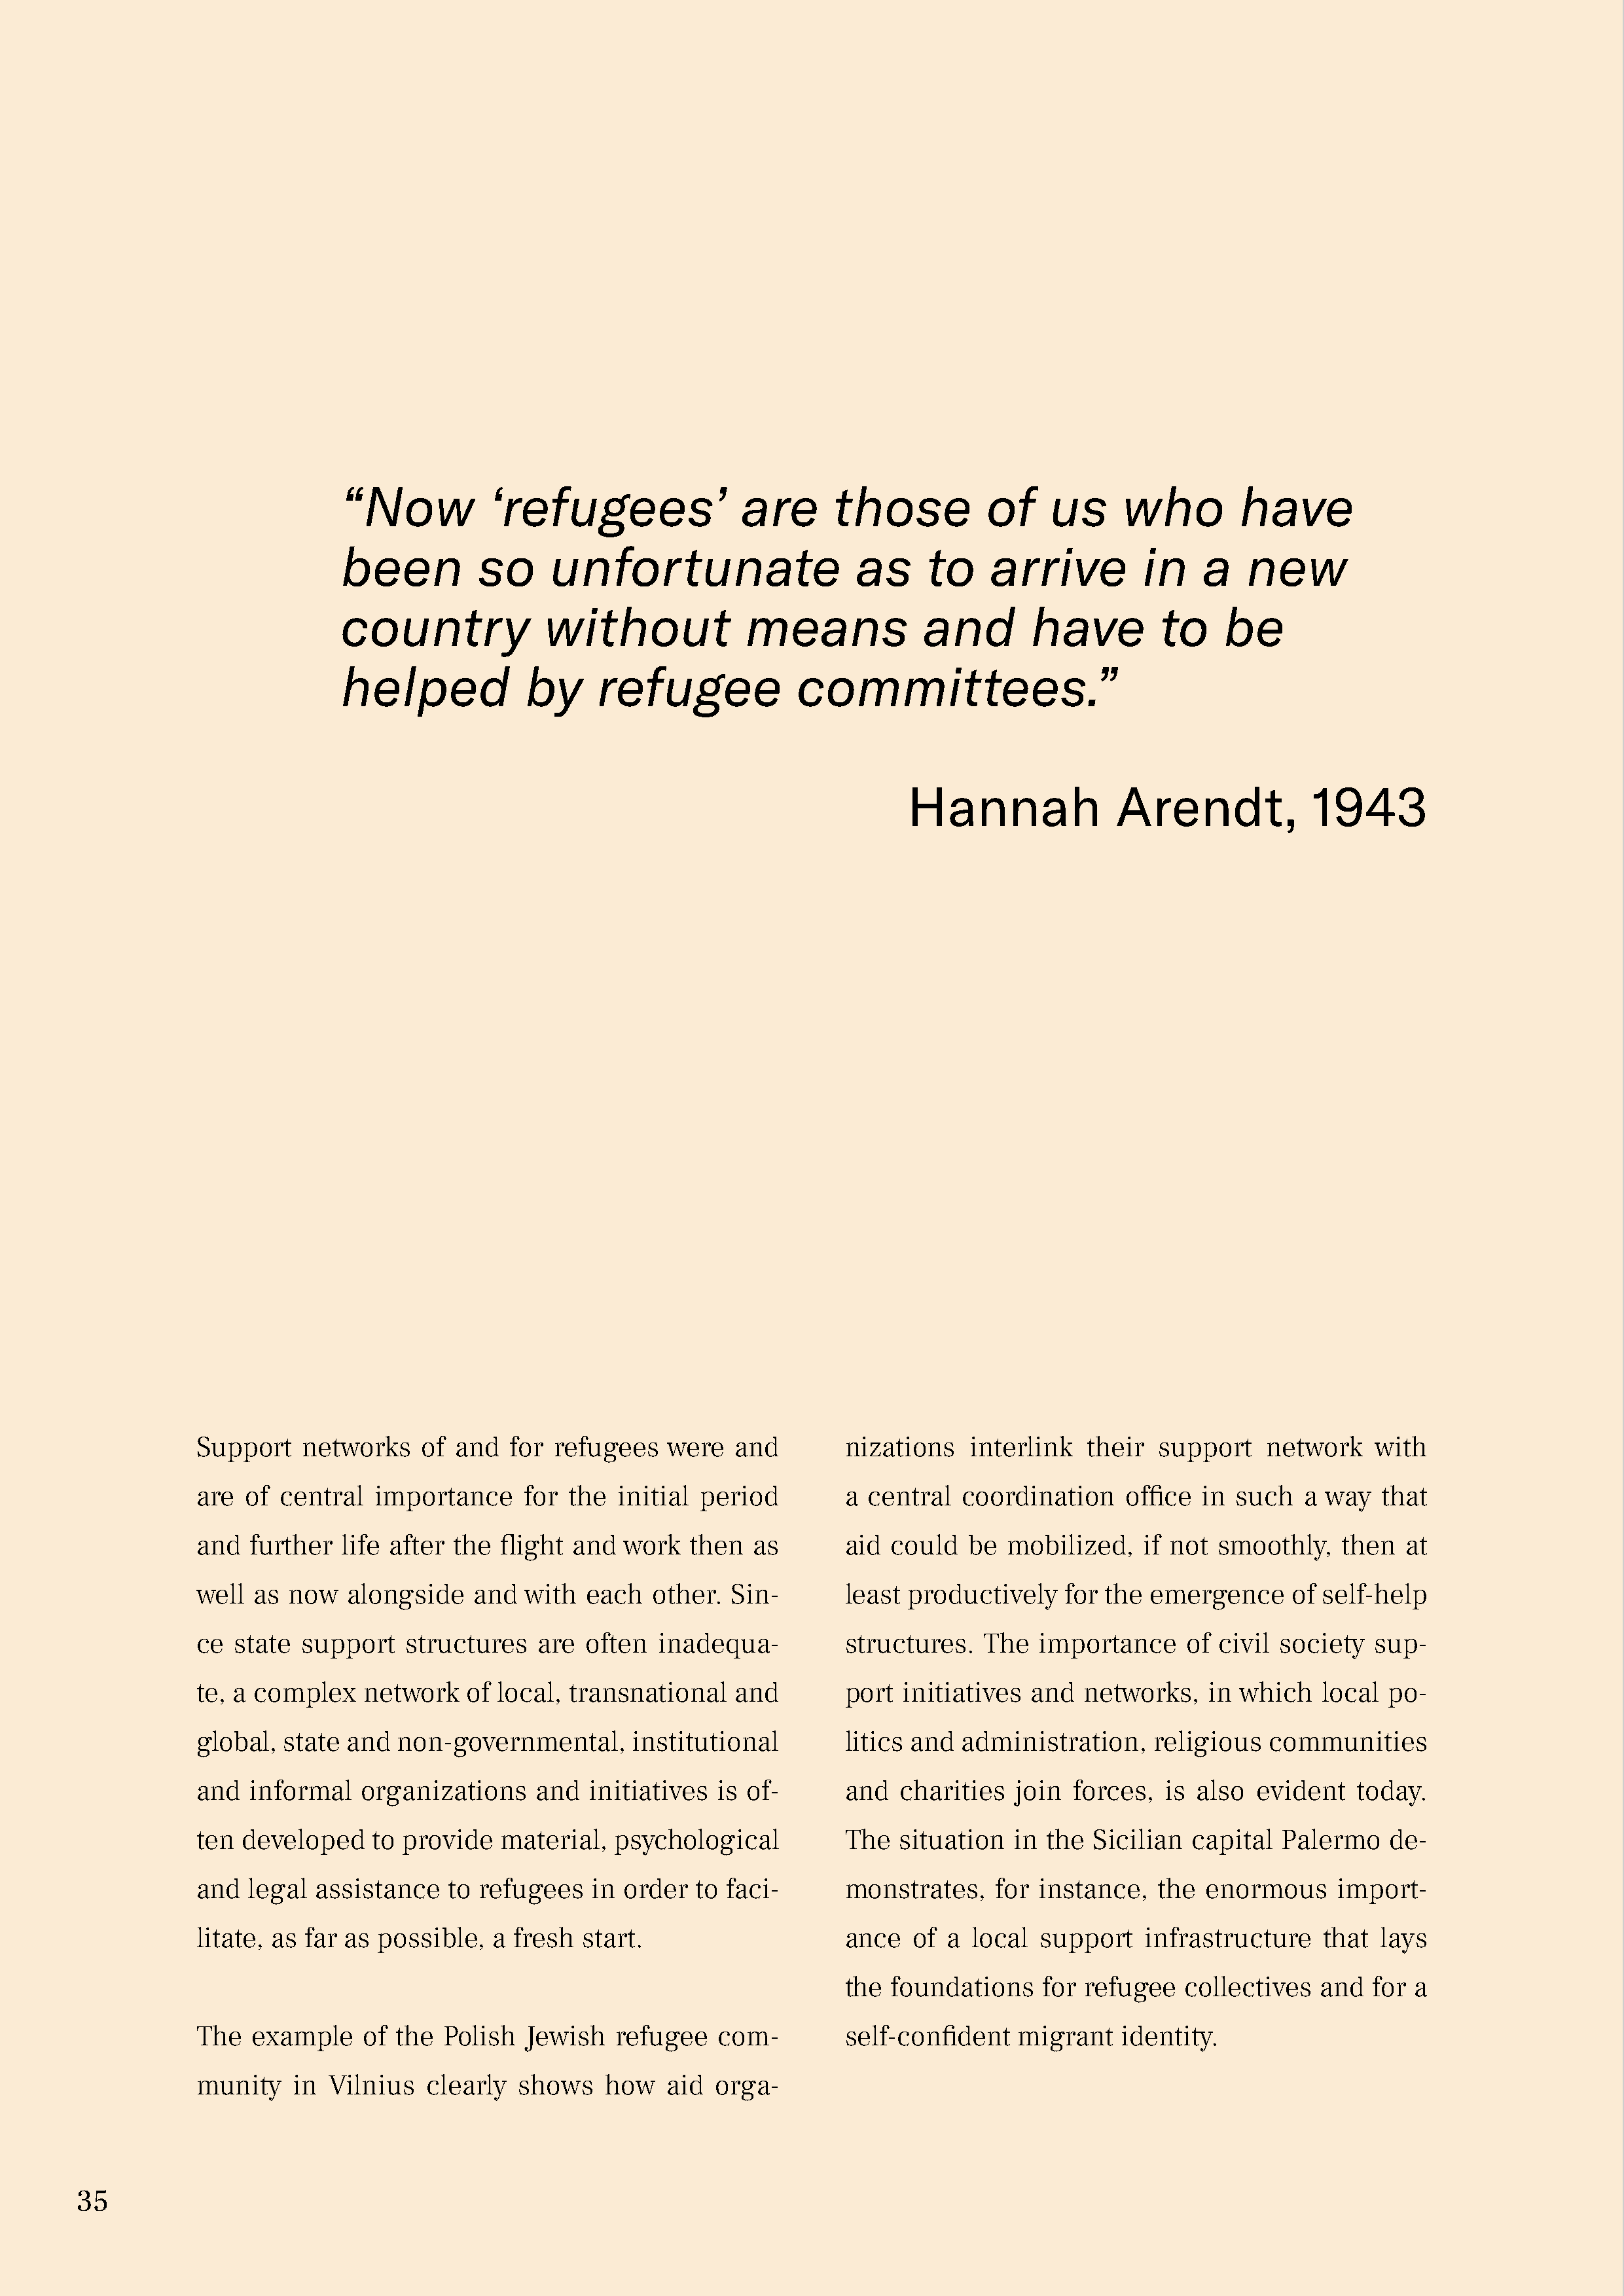
“Now           ‘refugees’                are      those           of    us     who         have
 been          so      unfortunate                   as      to    arrive         in     a   new
 country              without             means             and        have         to     be
 helped             by     refugee              committees.”
 Hannah               Arendt,             1943
 Support    networks    of and   for refugees   were   and        nizations    interlink   their  support    network    with
 are  of central   importance     for  the  initial period        a  central  coordination     office  in such   a way   that
 and  further   life after the  flight and  work   then  as       aid  could   be  mobilized,    if not smoothly,    then  at
 well  as now   alongside    and  with  each   other.  Sin-       least  productively    for the emergence      of self-help
 ce  state support    structures   are  often   inadequa-         structures.   The   importance     of civil society   sup-
 te, a complex    network   of local,  transnational   and        port  initiatives  and   networks,   in which    local po-
 global,  state and  non-governmental,       institutional        litics and  administration,     religious  communities
 and  informal    organizations    and   initiatives  is of-      and   charities   join forces,   is also  evident   today.
 ten developed     to provide   material,  psychological          The   situation   in the  Sicilian  capital  Palermo   de-
 and  legal  assistance   to refugees    in order  to faci-       monstrates,     for instance,   the  enormous     import-
 litate, as far as possible,   a fresh  start.                    ance   of  a local  support    infrastructure    that  lays
 the  foundations    for  refugee   collectives  and   for a
 The  example     of the  Polish  Jewish   refugee    com-        self-confident    migrant   identity.
 munity    in Vilnius   clearly  shows    how   aid  orga-
 35